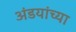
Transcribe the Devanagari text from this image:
अंडयांच्या